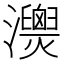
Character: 𤄚